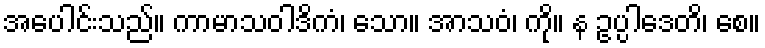
အပေါင်းသည်။ ကာမာသဝါဒိကံ၊ သော။ အာသဝံ၊ ကို။ န ဥပ္ပါဒေတိ၊ စေ။